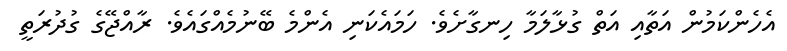
އެހެންކަމުން އަތާއި އަތް ގުޅާލަމާ ހިނގާށެވެ. ހަމައެކަނި އެންމެ ބޭނުމެއްގައެވެ. ރާއްޖޭގެ ގުދުރަތީ